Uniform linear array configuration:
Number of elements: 64
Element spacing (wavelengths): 0.5
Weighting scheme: hann
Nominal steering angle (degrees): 15
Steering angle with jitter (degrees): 14.209
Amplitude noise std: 0.05
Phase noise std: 0.05

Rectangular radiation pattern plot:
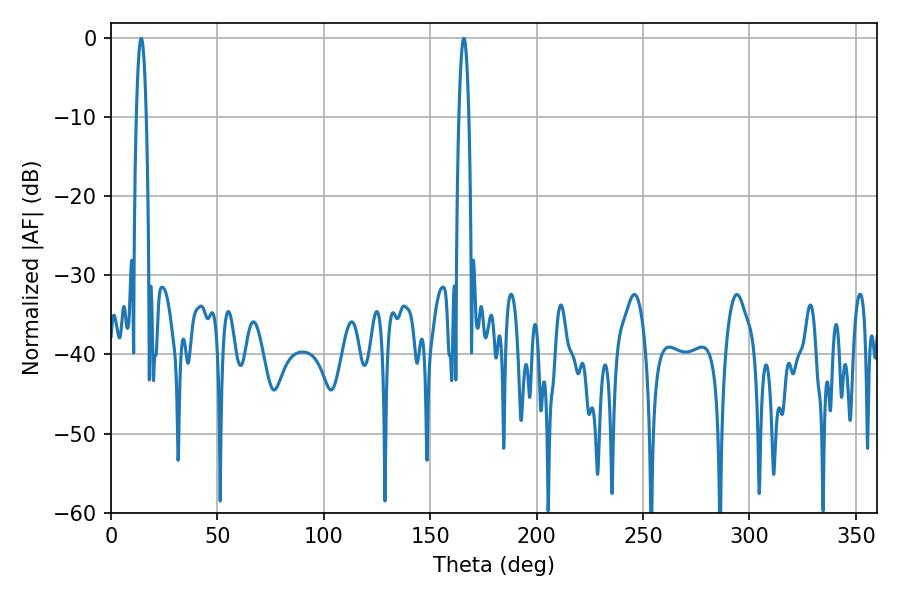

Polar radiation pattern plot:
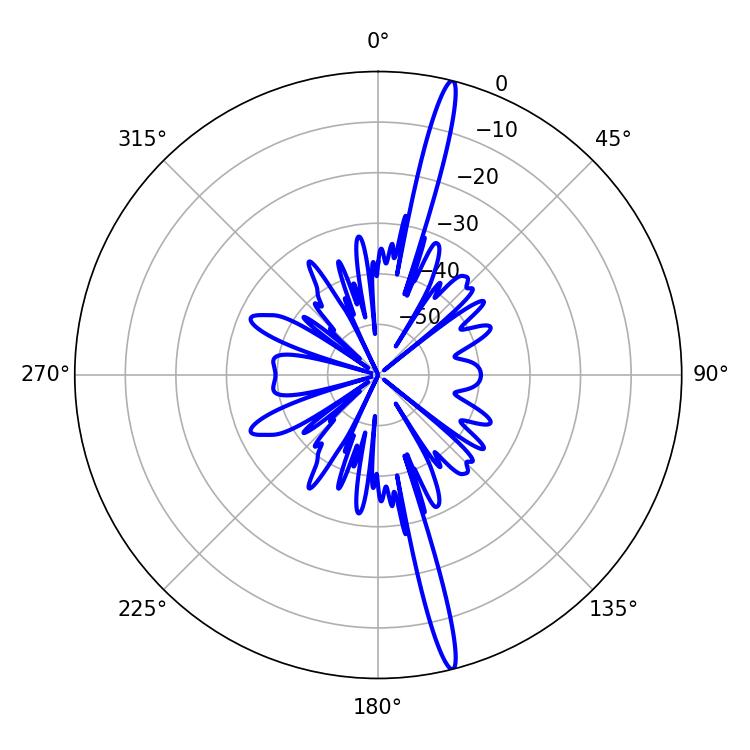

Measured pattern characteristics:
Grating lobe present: FALSE
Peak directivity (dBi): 19.184
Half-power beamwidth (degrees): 2.52
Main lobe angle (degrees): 14.22